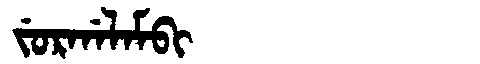
Manchu: ᠵᡠᡵᡤᠠᠯᠠᠮᠪᡳ
Romanization: JURGALAMBI